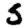
Digit: 5